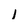
Character: I